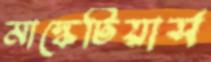
মাস্কেটিয়ার্স